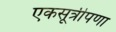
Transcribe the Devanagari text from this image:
एकसूत्रीपणा